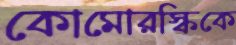
কোমোরস্কিকে